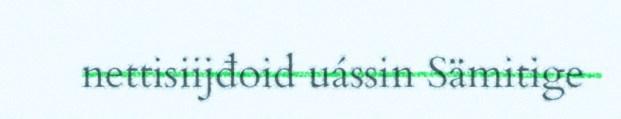
nettisiijđoid uássin Sämitige